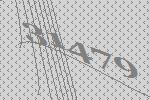
31479